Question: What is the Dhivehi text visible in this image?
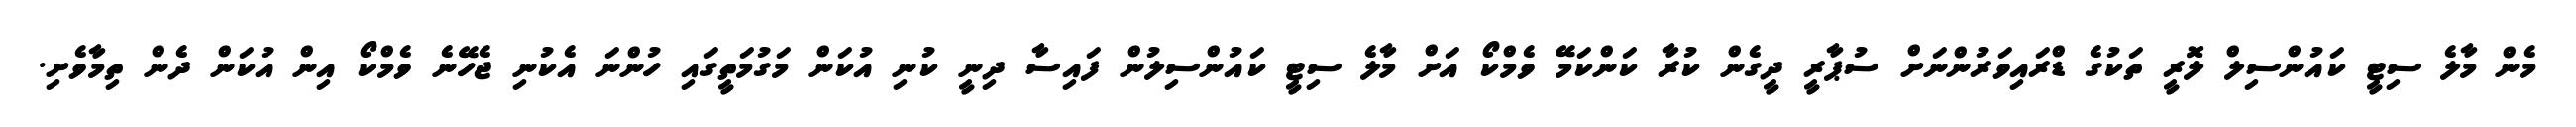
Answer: މެން މާލެ ސިޓީ ކައުންސިލް ލޮރީ ތަކުގެ ޑްރައިވަރުންނަށް ސުޕާރީ ދީގެން ކުރާ ކަންކަމޭ ވެމްކޯ އަށް މާލެ ސިޓީ ކައުންސިލުން ފައިސާ ދިނީ ކުނި އުކަން މަގުމަތީގައި ހުންނަ އެކުނި ޖެހޭނެ ވެމްކޯ އިން އުކަން ދެން ތިމާވެށި.